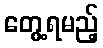
တွေ့ရမည့်